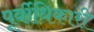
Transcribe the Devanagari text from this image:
पूर्वीधिकारी